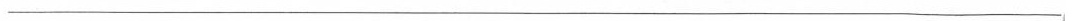
___